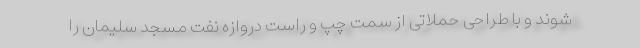
شوند و با طراحی حملاتی از سمت چپ و راست دروازه نفت مسجد سلیمان را